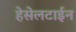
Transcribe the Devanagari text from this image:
हेसेलटाईन